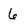
Character: 6